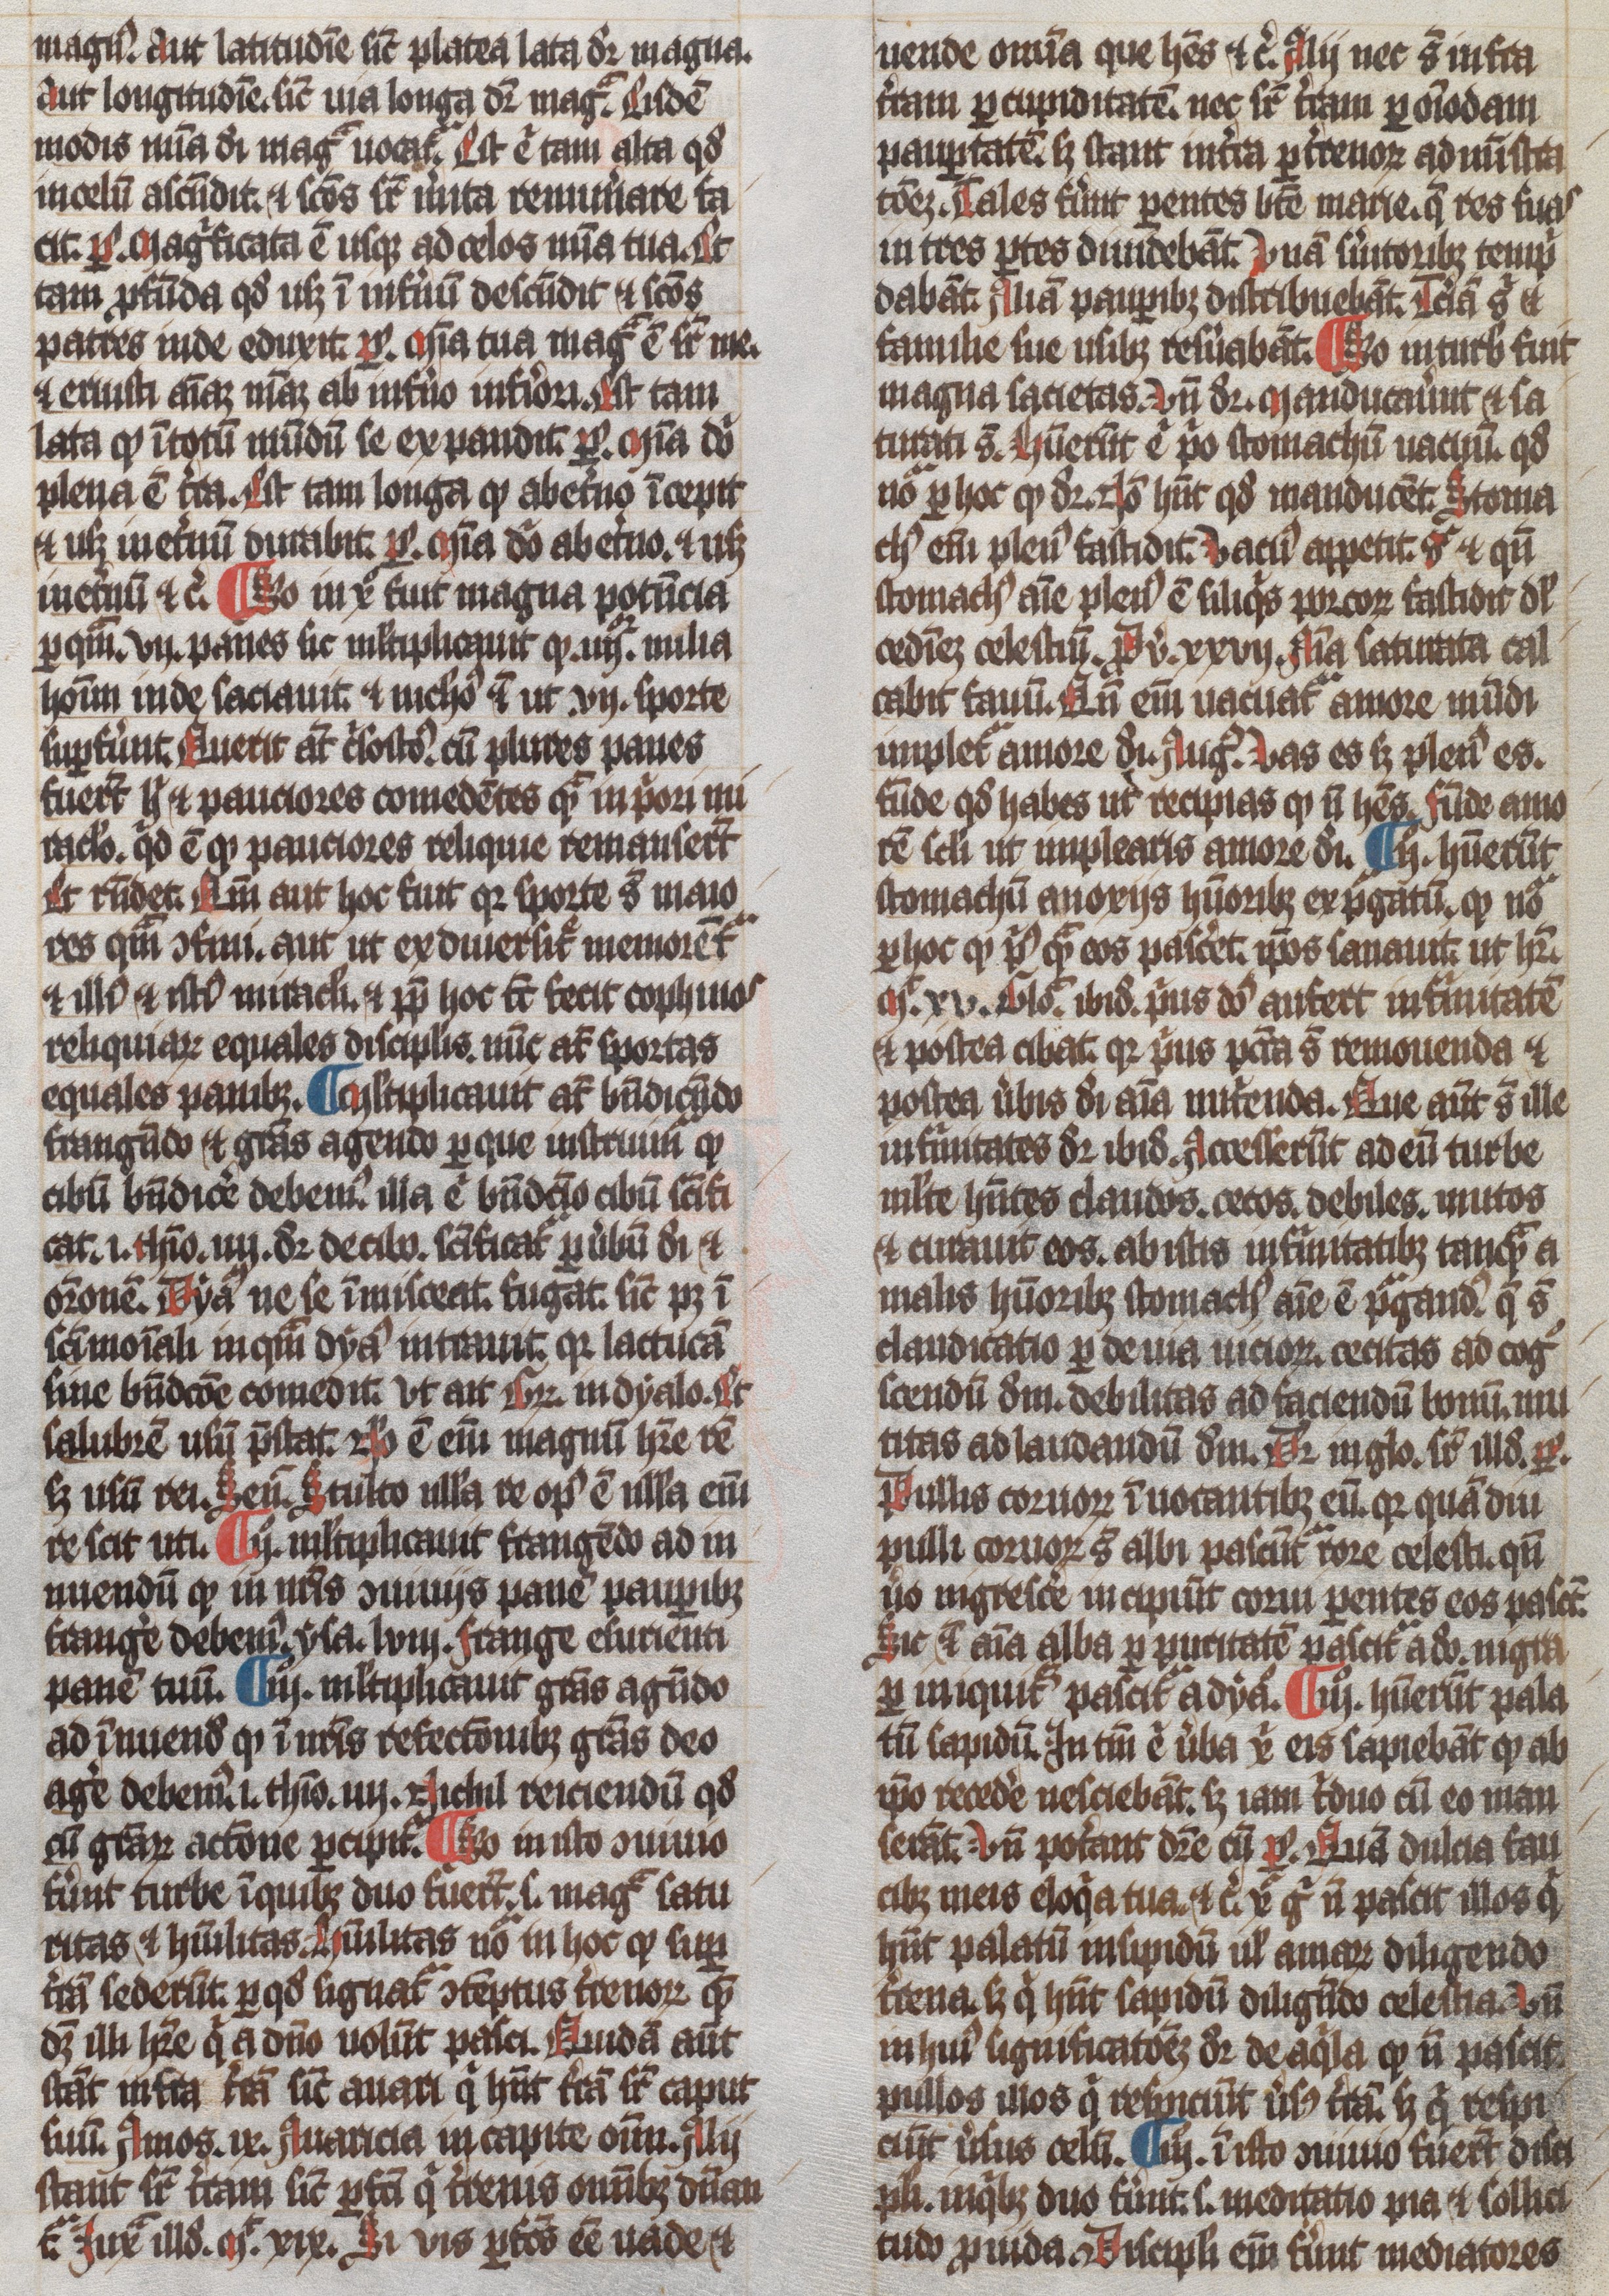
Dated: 1300–1349